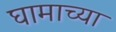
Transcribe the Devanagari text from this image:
घामाच्या